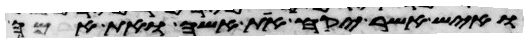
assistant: ואיש אשר יקח את אשה ואת אמה